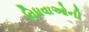
વિધવાઓની